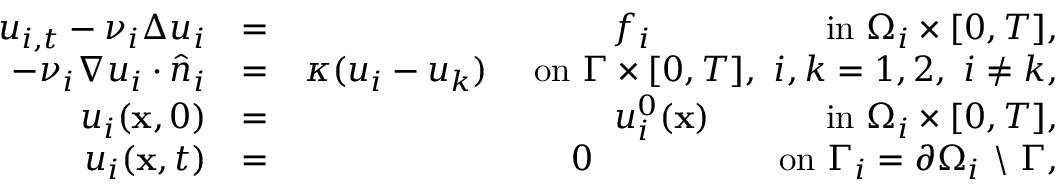
\begin{array} { r l r } { u _ { i , t } - \nu _ { i } \Delta u _ { i } } & { = } & { f _ { i } \ \ \ \ \ \ \qquad \ \ \ \mathrm { i n } ~ \Omega _ { i } \times [ 0 , T ] , } \\ { - \nu _ { i } \nabla u _ { i } \cdot \hat { n } _ { i } } & { = } & { \kappa ( u _ { i } - u _ { k } ) \ \ \ \ \mathrm { o n } ~ \Gamma \times [ 0 , T ] , \ i , k = 1 , 2 , \ i \neq k , } \\ { u _ { i } ( { \bf x } , 0 ) } & { = } & { u _ { i } ^ { 0 } ( { \bf x } ) \ \ \ \quad \ \ \ \ \mathrm { i n } ~ \Omega _ { i } \times [ 0 , T ] , } \\ { u _ { i } ( { \bf x } , t ) } & { = } & { 0 \ \ \qquad \qquad \ \ \mathrm { o n } ~ \Gamma _ { i } = \partial \Omega _ { i } ~ \backslash ~ \Gamma , } \end{array}